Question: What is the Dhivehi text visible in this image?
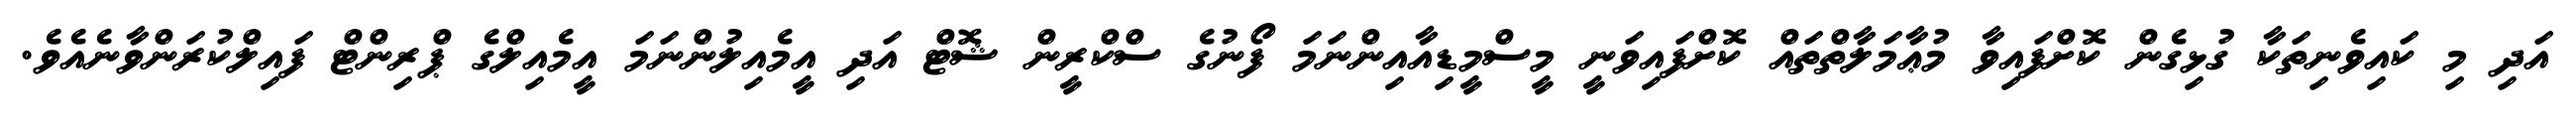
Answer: އަދި މި ކައިވެނިތަކާ ގުޅިގެން ކޮށްފައިވާ މުޢާމަލާތްތައް ކޮށްފައިވަނީ މީސްމީޑިއާއިންނަމަ ފޯނުގެ ސްކްރީން ޝޮޓް އަދި އީމެއިލުންނަމަ އީމެއިލްގެ ޕްރިންޓް ފައިލްކުރަންވާނެއެވެ.